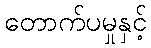
တောက်ပမှုနှင့်